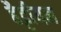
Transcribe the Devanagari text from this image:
हैट्टीयन